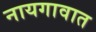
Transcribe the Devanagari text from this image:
नायगावात